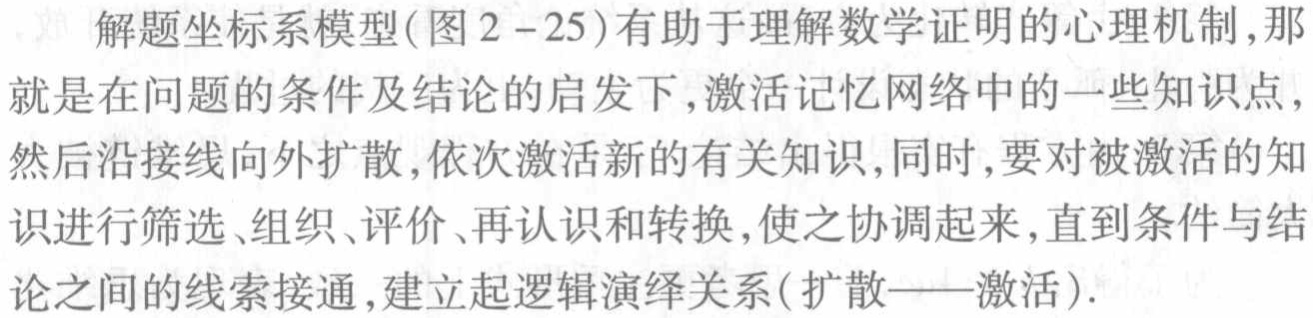
解题坐标系模型(图2 -25)有助于理解数学证明的心理机制,那就是在问题的条件及结论的启发下,激活记忆网络中的一些知识点,然后沿接线向外扩散,依次激活新的有关知识,同时,要对被激活的知识进行筛选、组织、评价、再认识和转换,使之协调起来,直到条件与结论之间的线索接通,建立起逻辑演绎关系(扩散——激活).